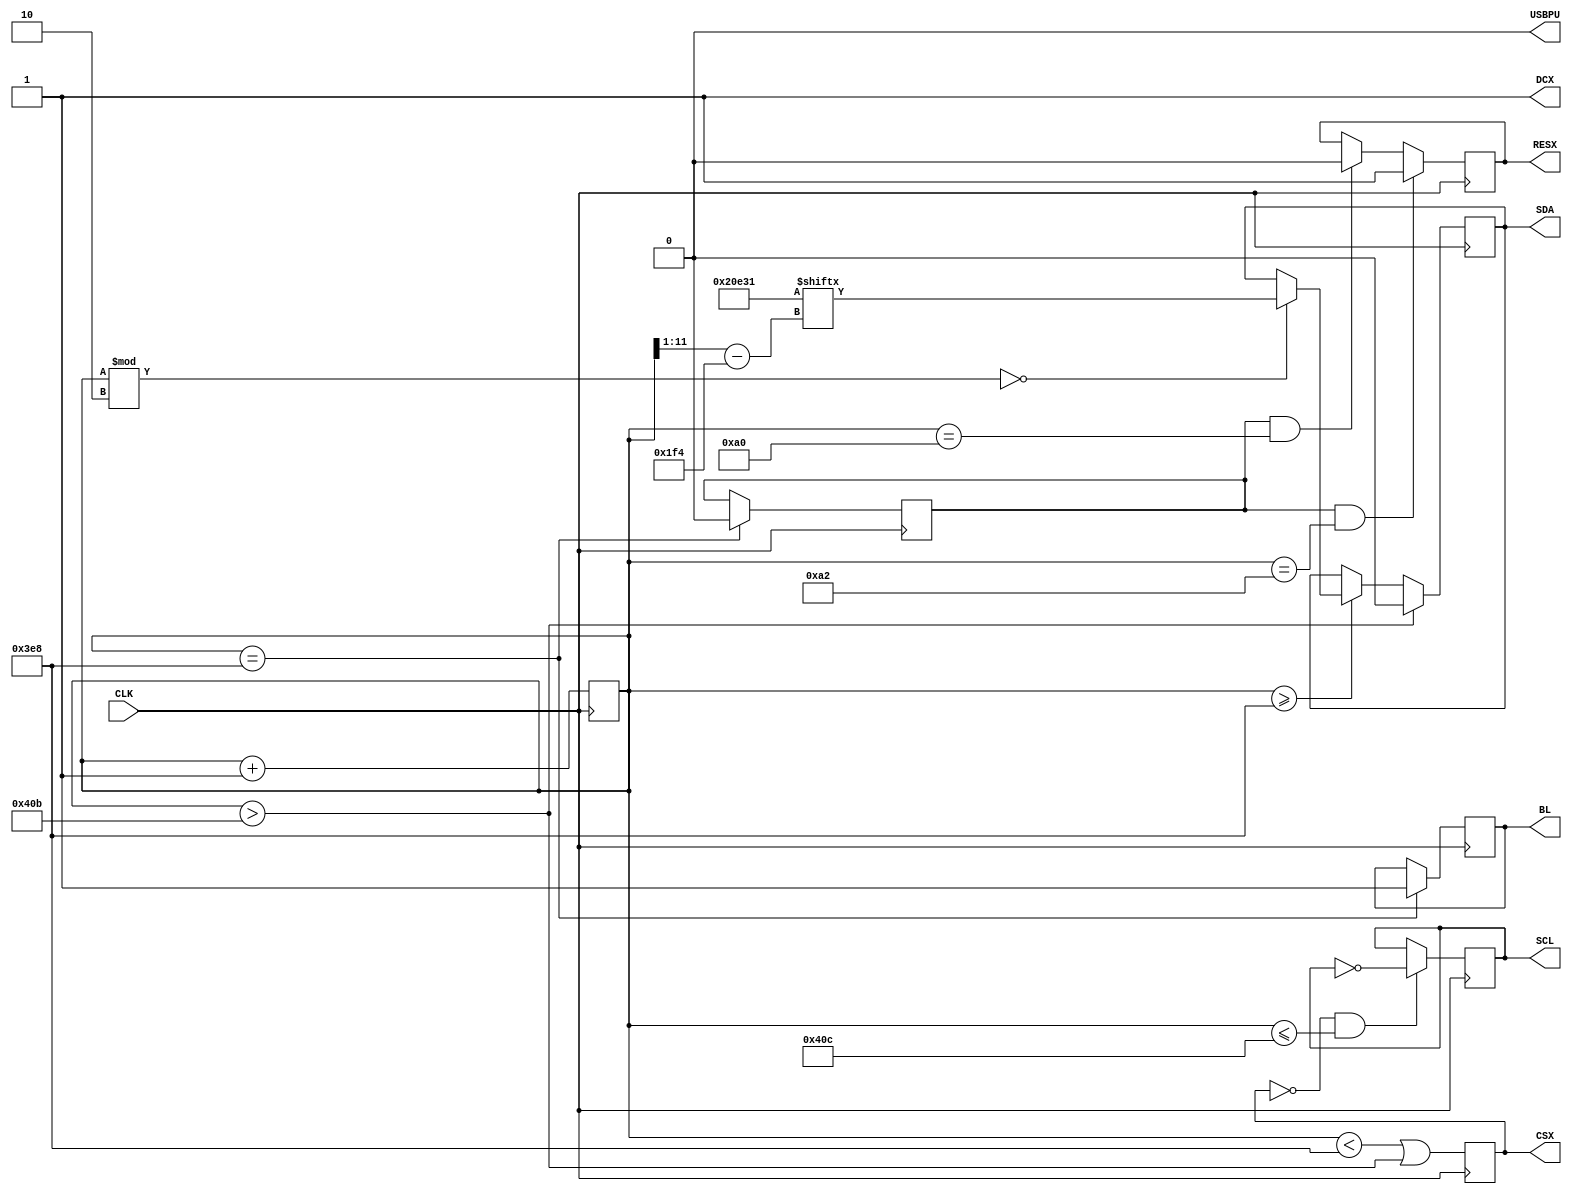
module top (
    output CSX,   // chip select, active low
    output SDA,   // serial data
    output SCL,   // serial clock max period 66ns
    output RESX,  // reset, active low
    output DCX,   // 1 => data / 0 => command
    output BL,    // backlight
    output USBPU, // USB pull-up resistor
    input CLK     // 16MHz clock, period 62.5 ns
);
    localparam LEAD_IN = 1000;
    localparam LENGTH = 18;
    localparam MSB = LENGTH - 1;
    reg init = 1;
    reg USBPU = 0; // drive USB pull-up resistor to '0' to disable USB
    reg RESX = 1;
    reg DCX = 1;
    reg BL = 0;
    reg SCL = 0;
    reg SDA = 0;
    reg [11:0] counter = 0;
    reg [10:0] index = 0;
    reg [MSB:0] rgb = 18'b100000111000110001;
    reg CSX = 1;

    always @(negedge CLK) begin
      CSX <= counter < LEAD_IN || counter > (LEAD_IN + MSB*2 + 1);
      if(counter >= LEAD_IN) begin
        index = counter[11:1] - (LEAD_IN / 2);
        if(counter % 2 == 0) SDA <= rgb[index];
      end
      if(counter > LEAD_IN + MSB*2 + 1) SDA <= 0;
    end

    always @(posedge CLK) begin
      if(CSX == 0 && counter <= (LEAD_IN + MSB*2 + 2)) SCL <= ~SCL;
      if(init == 1 && counter == 160) RESX <= 0;
      if(init == 1 && counter == 162) RESX <= 1;
      if(counter == LEAD_IN) begin
        init <= 0;
        BL <= 1;
      end
      counter <= counter + 1;
    end
endmodule